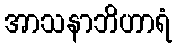
အာသနာဘိဟာရံ